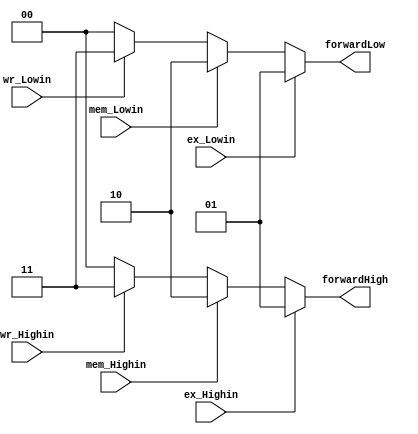
module HLforward(ex_Highin,ex_Lowin,mem_Highin,mem_Lowin,wr_Highin,wr_Lowin,forwardHigh,forwardLow);

input wire ex_Highin,mem_Highin,wr_Highin,ex_Lowin,mem_Lowin,wr_Lowin;
output reg[1:0] forwardHigh,forwardLow;

initial begin
	forwardHigh = 2'b00;
	forwardLow = 2'b00;
end

always@(*) begin
	if(ex_Highin == 1)
		forwardHigh = 2'b01;
	else if(mem_Highin == 1)
		forwardHigh = 2'b10;
	else if(wr_Highin == 1)
		forwardHigh = 2'b11;
	else
		forwardHigh = 2'b00;

	if(ex_Lowin == 1)
		forwardLow = 2'b01;
	else if(mem_Lowin == 1)
		forwardLow = 2'b10;
	else if(wr_Lowin == 1)
		forwardLow = 2'b11;
	else
		forwardLow = 2'b00;
end

endmodule